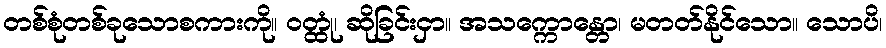
တစ်စုံတစ်ခုသောစကားကို။ ဝတ္ထုံ၊ ဆိုခြင်းငှာ။ အသက္ကောန္တော၊ မတတ်နိုင်သော။ သောပိ၊